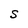
Character: S